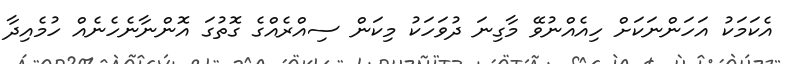
އެކަމަކު އަހަންނަކަށް ހިއެއްނުވޭ މާގިނަ ދުވަހަކު މިކަން ސިއްރެއްގެ ގޮތުގަ އޮންނާނެހެނެއް ހުމެއިދާ